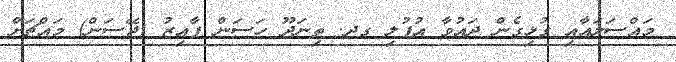
މައްސަލައާއި ގުޅިގެން ދައުވާ އުފުލި ގދ. ތިނަދޫ ހަސަން ފާއިޒު (ޖޭސަން) މައްޗަށް